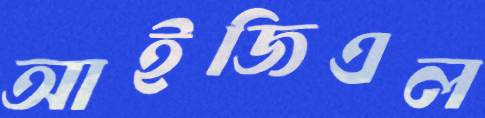
আইজিএল